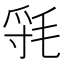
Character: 㲕